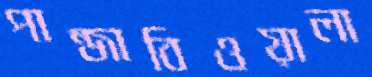
পান্জাবিওয়ালা